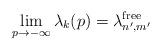
LaTeX: \begin{align*} \lim_{p\to-\infty} \lambda_k(p) = \lambda_{n',m'}^\mathrm{free}\end{align*}